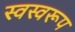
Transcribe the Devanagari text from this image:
स्वस्वरूप